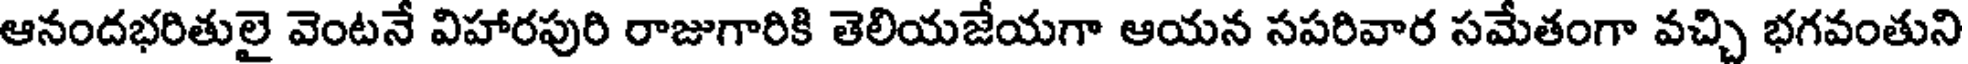
ఆనందభరితులై వెంటనే విహారపురి రాజుగారికి తెలియజేయగా ఆయన సపరివార సమేతంగా వచ్చి భగవంతుని